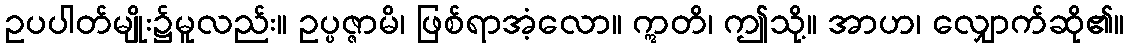
ဥပပါတ်မျိုး၌မူလည်း။ ဥပ္ပဇ္ဇာမိ၊ ဖြစ်ရာအံ့လော။ ဣတိ၊ ဤသို့။ အာဟ၊ လျှောက်ဆို၏။